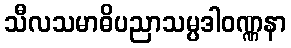
သီလသမာဓိပညာသမ္ပဒါဝဏ္ဏနာ